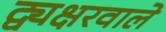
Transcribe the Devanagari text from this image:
द्व्यक्षरवाले